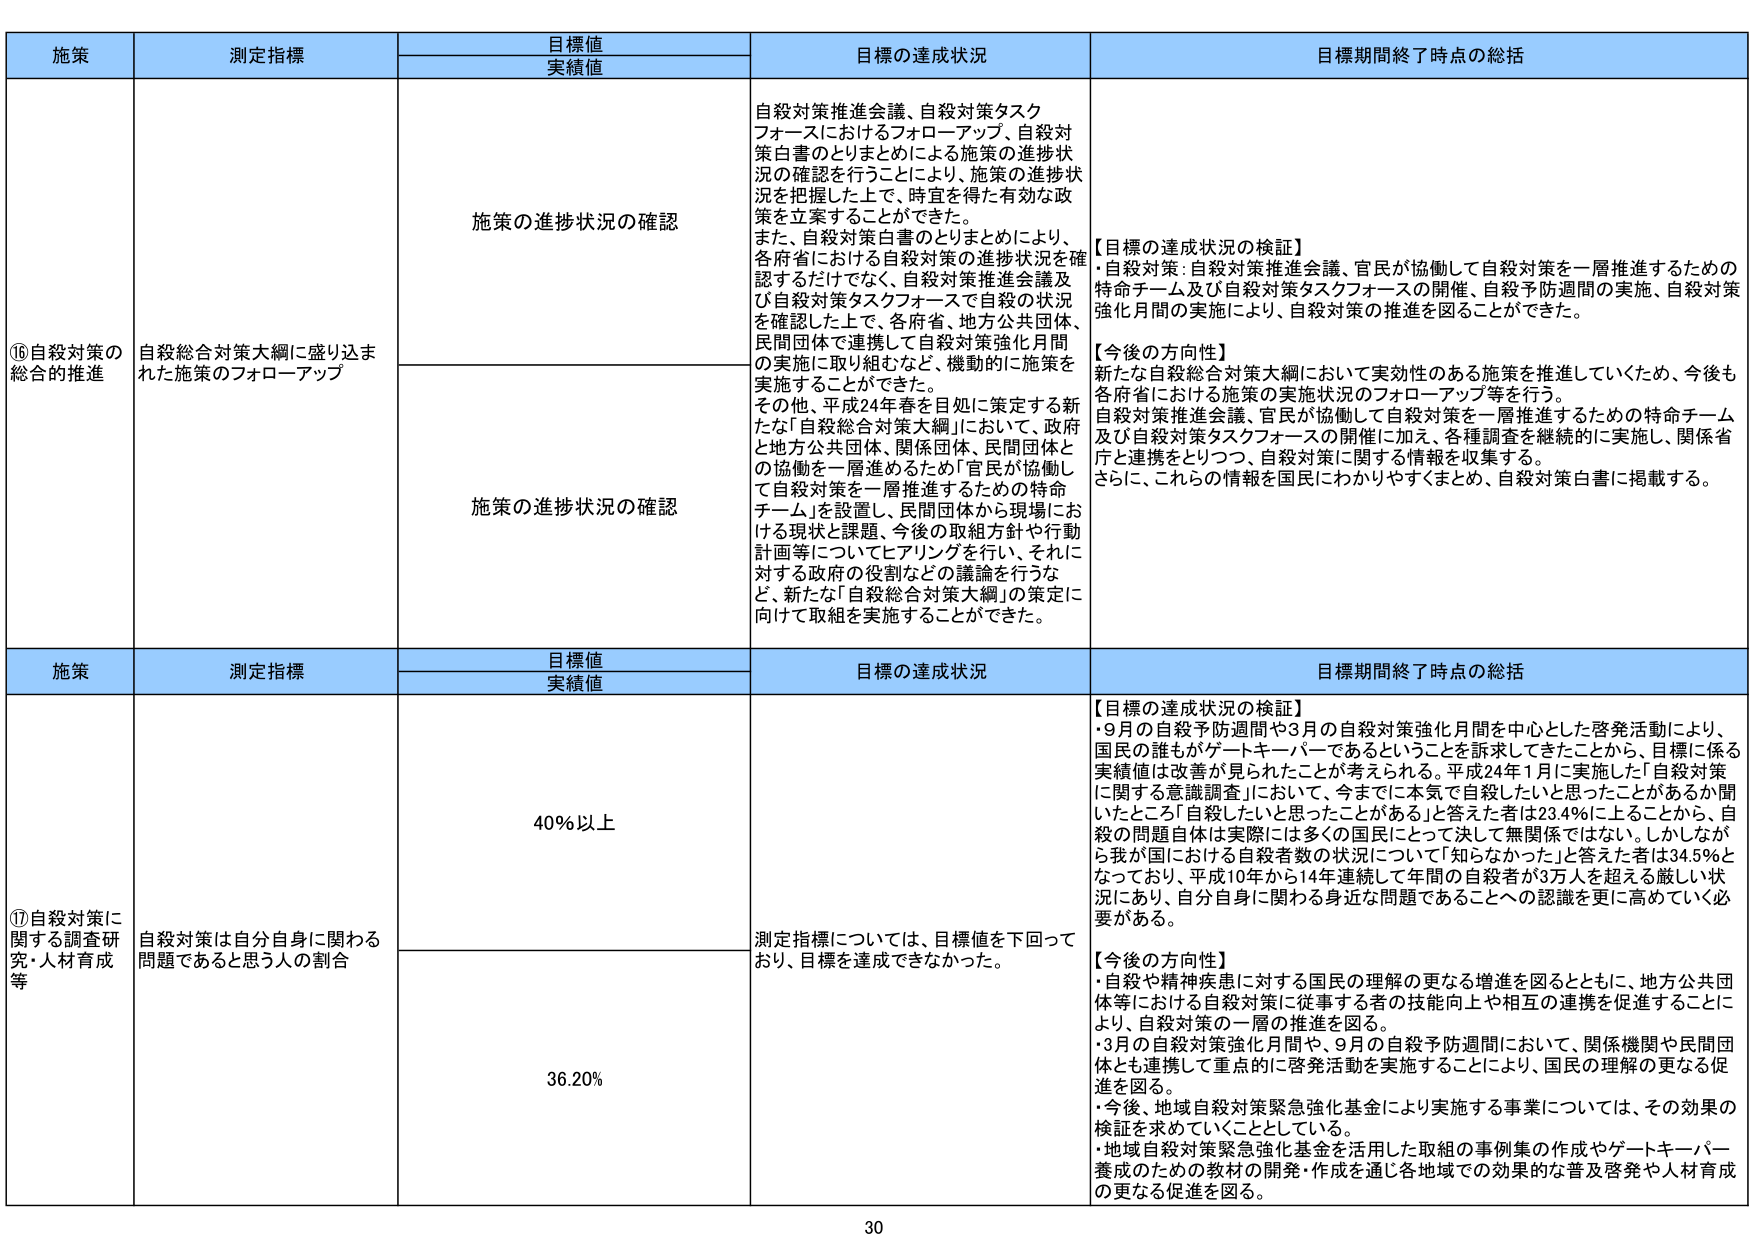
施策 測定指標 目標値 実績値 目標の達成状況 目標期間終了時点の総括
⑯自殺対策の 総合的推進 自殺総合対策大綱に盛り込まれた施策のフォローアップ 施策の進捗状況の確認 自殺対策推進会議、自殺対策タスクフォースにおけるフォローアップ、自殺対策白書のとりまとめによる施策の進捗状況の確認を行うことにより、施策の進捗状況を把握した上で、時宜を得た有効な政策を立案することができた。 また、自殺対策白書のとりまとめにより、各府省における自殺対策の進捗状況を確認するだけでなく、自殺対策推進会議及び自殺対策タスクフォースで自殺の状況を確認した上で、各府省、地方公共団体、民間団体で連携して自殺対策強化月間の実施に取り組むなど、機動的に施策を実施することができた。 その他、平成24年春を目処に策定する新たな「自殺総合対策大綱」において、政府と地方公共団体、関係団体、民間団体との協働を一層進めるため「官民が協働して自殺対策を一層推進するための特命チーム」を設置し、民間団体から現場における現状と課題、今後の取組方針や行動計画等についてヒアリングを行い、それに対する政府の役割などの議論を行うなど、新たな「自殺総合対策大綱」の策定に向けて取組を実施することができた。 【目標の達成状況の検証】 ・自殺対策：自殺対策推進会議、官民が協働して自殺対策を一層推進するための特命チーム及び自殺対策タスクフォースの開催、自殺予防週間の実施、自殺対策強化月間の実施により、自殺対策の推進を図ることができた。 【今後の方針】 新たな自殺総合対策大綱において実効性のある施策を推進していくため、今後も各府省における施策の実施状況のフォローアップ等を行う。 自殺対策推進会議、官民が協働して自殺対策を一層推進するための特命チーム及び自殺対策タスクフォースの開催に加え、各種調査を継続的に実施し、関係省庁と連携をとりつつ、自殺対策に関する情報を収集する。 さらに、これらの情報を国民にわかりやすくまとめ、自殺対策白書に掲載する。
施策 測定指標 目標値 実績値 目標の達成状況 目標期間終了時点の総括
⑰自殺対策に関する調査研究・人材育成等 自殺対策は自分自身に関わる問題であると思う人の割合 40％以上 測定指標については、目標値を下回っており、目標を達成できなかった。 【目標の達成状況の検証】 ・9月の自殺予防週間や3月の自殺対策強化月間を中心とした啓発活動により、国民の誰もがゲートキーパーであるということを訴求してきたことから、目標に係る実績値は改善が見られたことが考えられる。平成24年1月に実施した「自殺対策に関する意識調査」において、今までに本気で自殺したいと思ったことがあるか聞いたところ「自殺したいと思ったことがある」と答えた者は23.4％に上ることから、自殺の問題自体は実際には多くの国民にとって決して無関係ではない。しかしながら我が国における自殺者数の状況について「知らなかった」と答えた者は34.5％となっており、平成10年から14年連続して年間の自殺者が3万人を超える厳しい状況にあり、自分自身に関わる身近な問題であることへの認識を更に高めていく必要がある。 【今後の方針】 ・自殺や精神疾患に対する国民の理解の更なる増進を図るとともに、地方公共団体等における自殺対策に従事する者の技能向上や相互の連携を促進することにより、自殺対策の一層の推進を図る。 ・3月の自殺対策強化月間や、9月の自殺予防週間において、関係機関や民間団体とも連携して重点的に啓発活動を実施することにより、国民の理解の更なる促進を図る。 ・今後、地域自殺対策緊急強化基金により実施する事業については、その効果の検証を求めていくこととしている。 ・地域自殺対策緊急強化基金を活用した取組の事例集の作成やゲートキーパー養成のための教材の開発・作成を通じ各地域での効果的な普及啓発や人材育成の更なる促進を図る。
36.20％
30